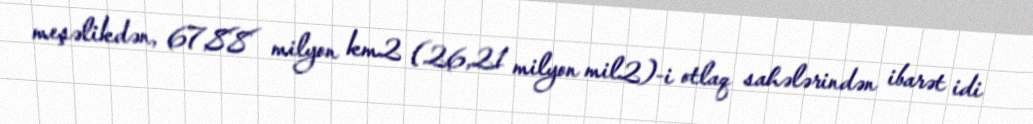
meşəlikdən, 67,88 milyon km2 (26,21 milyon mil2)-i otlaq sahələrindən ibarət idi